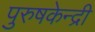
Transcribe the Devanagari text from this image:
पुरुषकेन्द्री